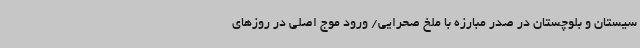
سیستان و بلوچستان در صدر مبارزه با ملخ صحرایی/ ورود موج اصلی در روزهای